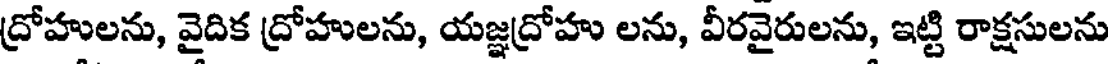
ద్రోహులను, వైదిక ద్రోహులను, యజ్ఞద్రోహు లను, వీరవైరులను, ఇట్టి రాక్షసులను